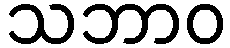
သဘာဝ